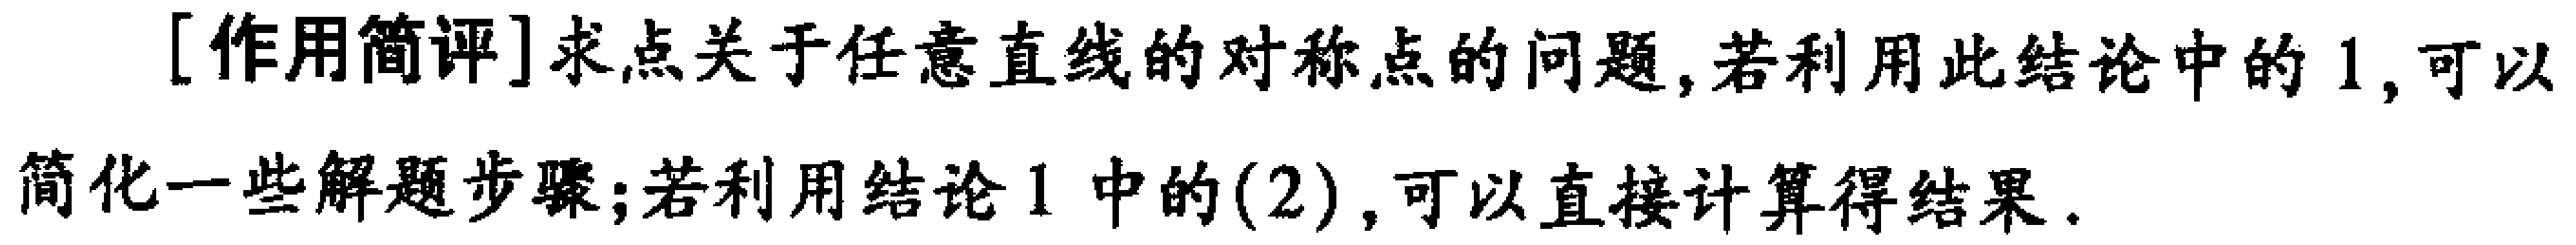
[作用简评]求点关于任意直线的对称点的问题,若利用此结论中的1,可以简化一些解题步骤;若利用结论1中的(2),可以直接计算得结果.